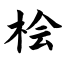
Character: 桧